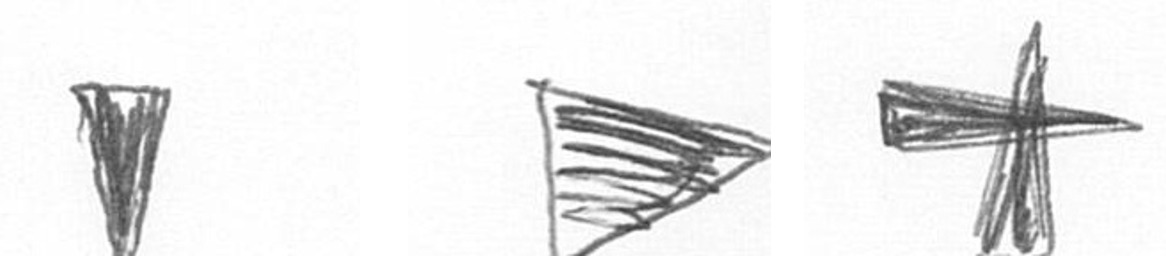
J T G